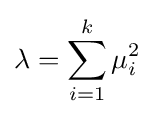
\lambda =\sum _{i=1}^{k}\mu _{i}^{2}